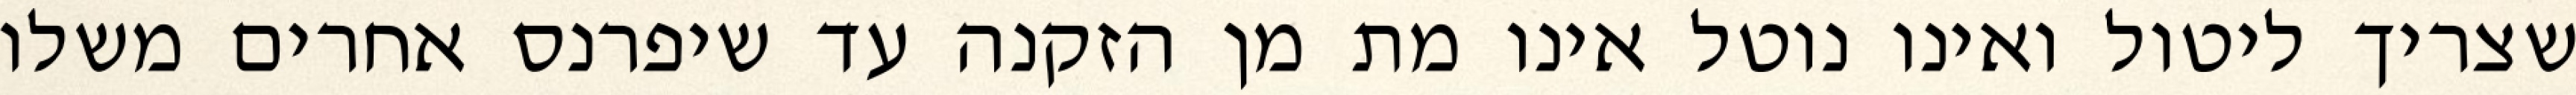
שצריך ליטול ואינו נוטל אינו מת מן הזקנה עד שיפרנס אחרים משלו